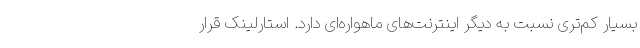
بسیار کم‌تری نسبت به دیگر اینترنت‌های ماهواره‌ای دارد. استارلینک قرار